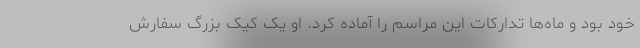
خود بود و ماه‌ها تدارکات این مراسم را آماده کرد. او یک کیک بزرگ سفارش